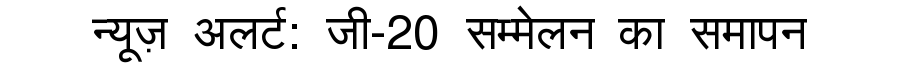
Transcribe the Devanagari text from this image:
न्यूज़ अलर्ट: जी-20 सम्मेलन का समापन